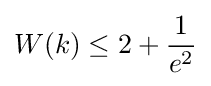
W(k)\leq 2+{\frac {1}{e^{2}}}